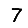
Digit: 7